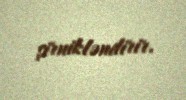
şirnikləndirir.